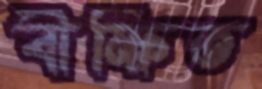
বীক্ষিত